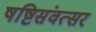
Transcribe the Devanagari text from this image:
षष्टिसंवत्सर